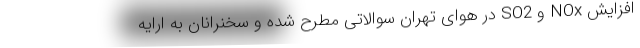
افزایش NOx و SO2 در هوای تهران سوالاتی مطرح شده و سخنرانان به ارایه